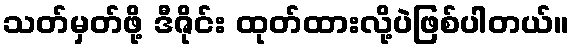
သတ်မှတ်ဖို့ ဒီဇိုင်း ထုတ်ထားလို့ပဲဖြစ်ပါတယ်။